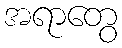
အရာတွေ